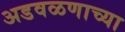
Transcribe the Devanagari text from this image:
अडवळणाच्या